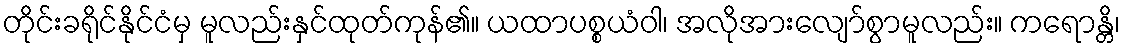
တိုင်းခရိုင်နိုင်ငံမှ မူလည်းနှင်ထုတ်ကုန်၏။ ယထာပစ္စယံဝါ၊ အလိုအားလျော်စွာမူလည်း။ ကရောန္တိ၊